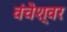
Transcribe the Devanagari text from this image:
वंचेश्वर